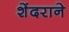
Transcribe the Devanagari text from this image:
शेंदराने